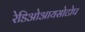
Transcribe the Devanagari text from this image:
रेडिओआयसोटोप